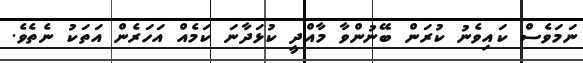
ނަމަވެސް ކައިވެނު ކުރަން ބޭނުންވާ މާއްދީ ކުޅަދާނަ ކަމެއް އަހަރެން އަތަކު ނެތެވެ.